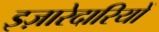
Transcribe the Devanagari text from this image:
इज़ारेदारियों